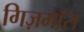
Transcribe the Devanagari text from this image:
गिज़मॉस